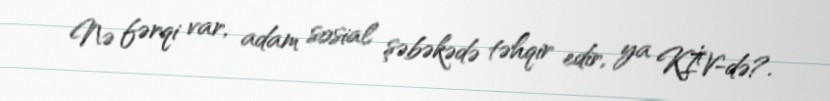
Nə fərqi var, adam sosial şəbəkədə təhqir edir, ya KİV-də?.